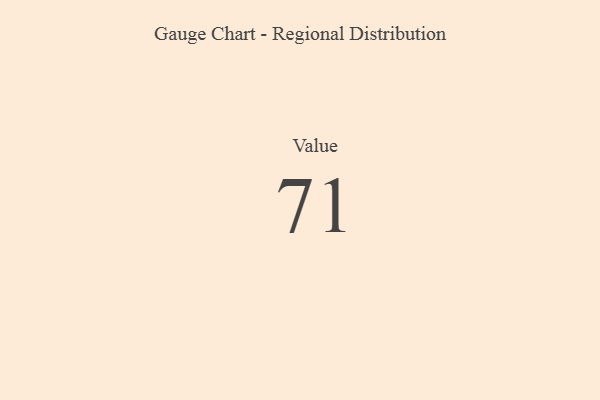
{"axis": {"x": "Metric", "y": "Value"}, "legend": [""], "data": [{"x": "Value", "y": 71, "type": ""}]}